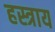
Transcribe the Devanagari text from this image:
हस्त्राय